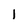
Character: 1